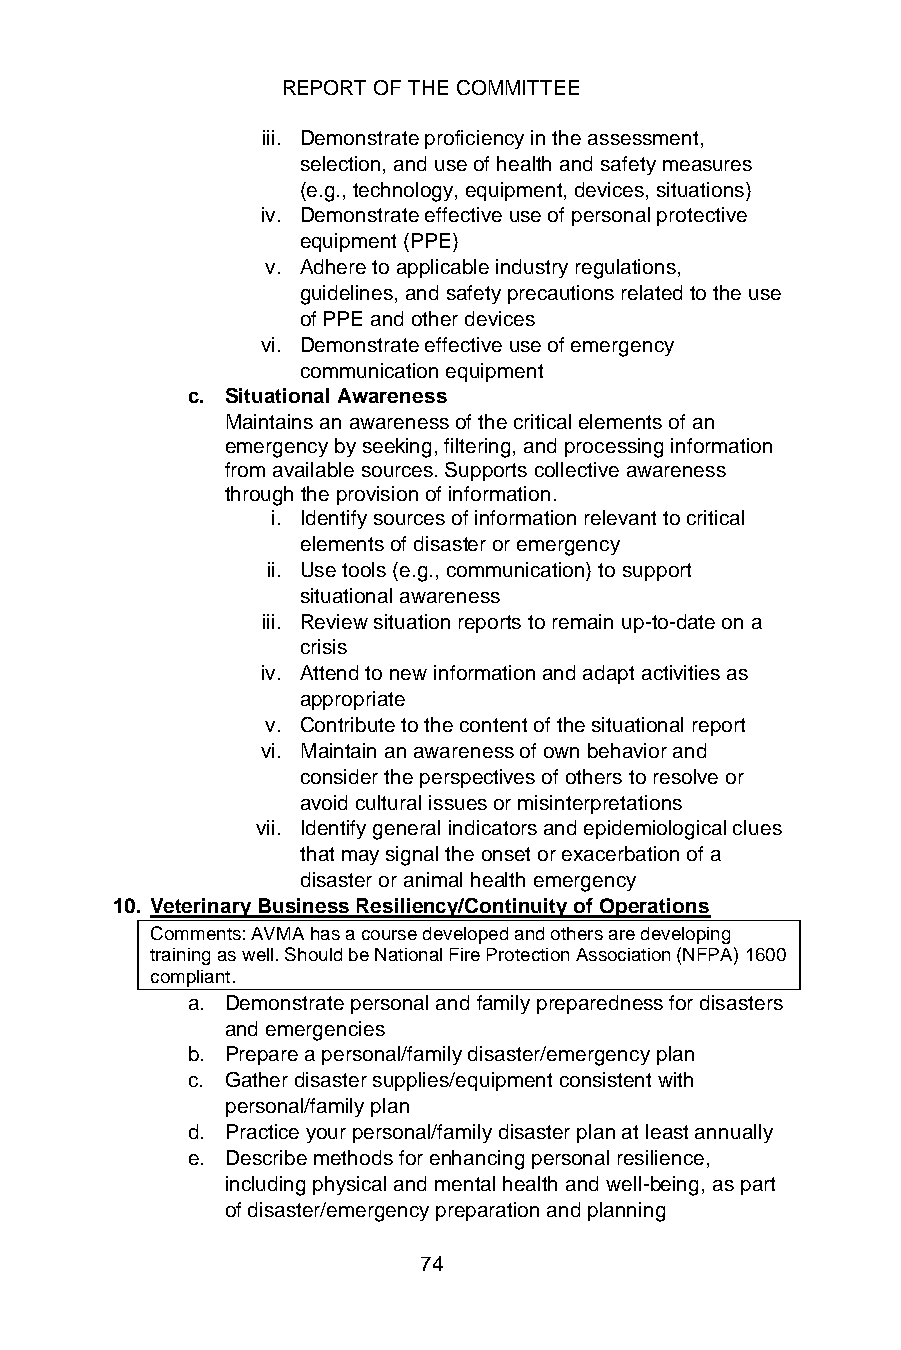
REPORT OF THE COMMITTEE
 iii. Demonstrate proficiency in the assessment,
 selection, and use of health and safety measures
 (e.g., technology, equipment, devices, situations)
 iv. Demonstrate effective use of personal protective
 equipment (PPE)
 v. Adhere to applicable industry regulations,
 guidelines, and safety precautions related to the use
 of PPE and other devices
 vi. Demonstrate effective use of emergency
 communication equipment
 c. Situational Awareness
 Maintains an awareness of the critical elements of an
 emergency by seeking, filtering, and processing information
 from available sources. Supports collective awareness
 through the provision of information.
 i. Identify sources of information relevant to critical
 elements of disaster or emergency
 ii. Use tools (e.g., communication) to support
 situational awareness
 iii. Review situation reports to remain up-to-date on a
 crisis
 iv. Attend to new information and adapt activities as
 appropriate
 v. Contribute to the content of the situational report
 vi. Maintain an awareness of own behavior and
 consider the perspectives of others to resolve or
 avoid cultural issues or misinterpretations
 vii. Identify general indicators and epidemiological clues
 that may signal the onset or exacerbation of a
 disaster or animal health emergency
 10. Veterinary Business Resiliency/Continuity of Operations
 Comments: AVMA has a course developed and others are developing
 training as well. Should be National Fire Protection Association (NFPA) 1600
 compliant.
 a. Demonstrate personal and family preparedness for disasters
 and emergencies
 b. Prepare a personal/family disaster/emergency plan
 c. Gather disaster supplies/equipment consistent with
 personal/family plan
 d. Practice your personal/family disaster plan at least annually
 e. Describe methods for enhancing personal resilience,
 including physical and mental health and well-being, as part
 of disaster/emergency preparation and planning
 74